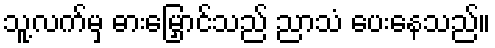
သူ့လက်မှ ဓားမြှောင်သည် ညာသံ ပေးနေသည်။